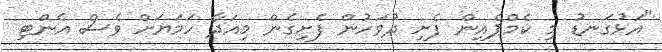
"އަޅުގަނޑު މި ކެމްޕެއިން ފެށި ދުވަހުން ފެށިގެން މިއަދާ ހަމަޔަށް ވެސް އެންޓި